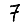
Digit: 7